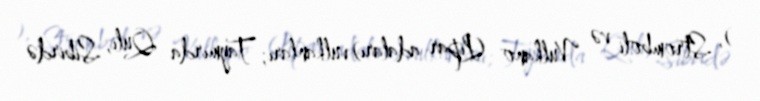
), Stromboli və Vulkano (Lipar adaları) vulkanları; Taymırda Quli, Sibirdə